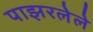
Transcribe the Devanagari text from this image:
पाझरलेले